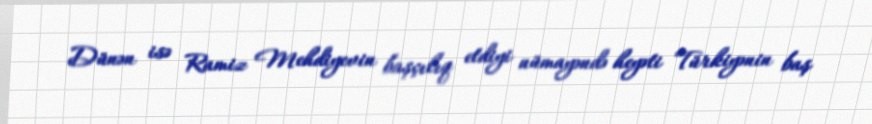
Dünən isə Ramiz Mehdiyevin başçılıq etdiyi nümayəndə heyəti Türkiyənin baş